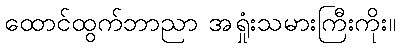
ထောင်ထွက်ဘာညာ အရှုံးသမားကြီးကိုး။